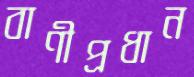
বাণীপ্রধান